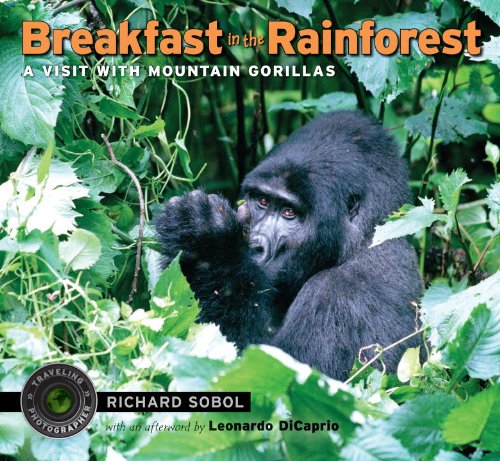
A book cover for Breakfast in the Rainforest: A Visit with Mountain Gorillas (Traveling Photographer); Richard Sobol; Travel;